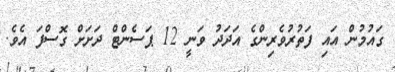
ގައުމުން އައި ފަތުރުވެރިންގެ އަދަދު ވަނީ 12 ޕަސެންޓް ދަށަށް ގޮސްފަ އެެވެ.